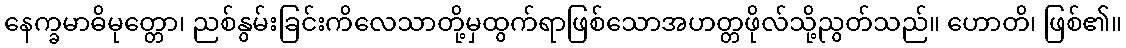
နေက္ခမာဓိမုတ္တော၊ ညစ်နွမ်းခြင်းကိလေသာတို့မှထွက်ရာဖြစ်သောအဟတ္တဖိုလ်သို့ညွတ်သည်။ ဟောတိ၊ ဖြစ်၏။